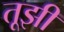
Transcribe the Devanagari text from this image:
तूझी